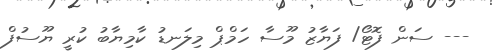
--- ސަން ފޮޓޯ/ ފަޔާޒު މޫސާ ހަމްޕް މިލަނޑު ކާމިޔާބު ކުރީ ޔޫސުފް